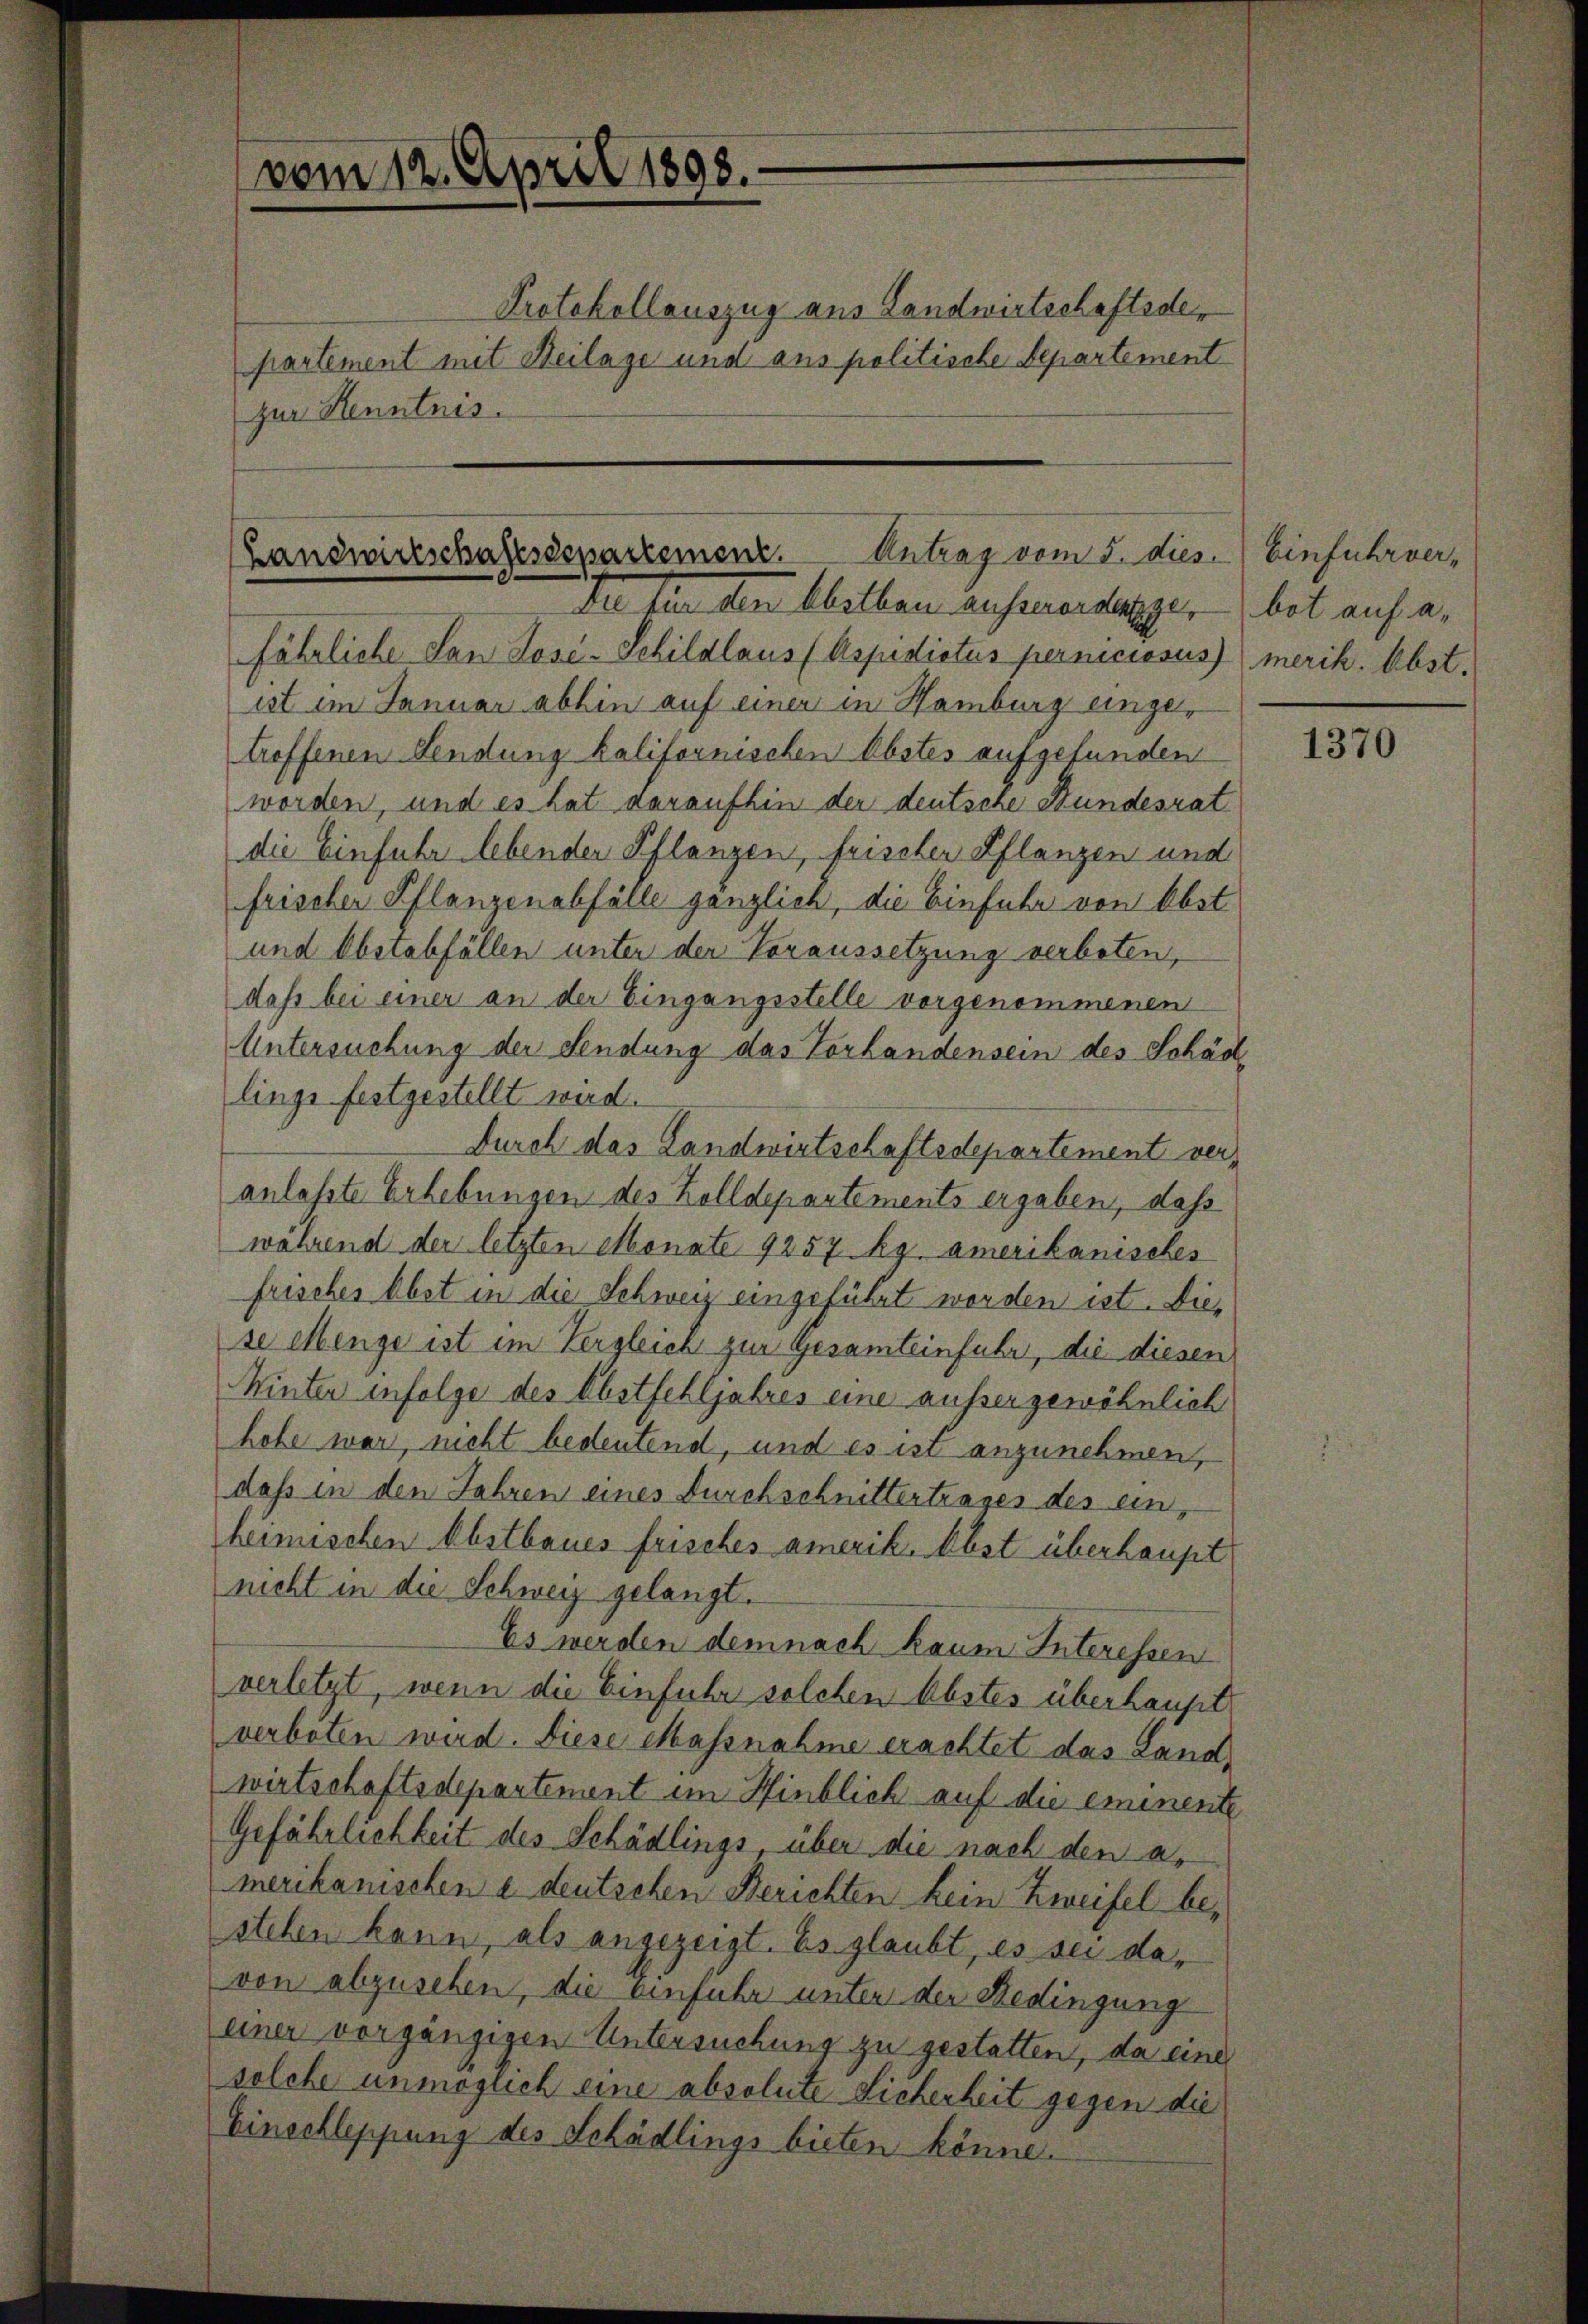
vom 12. April 1898.

partement mit Beilage und aus politische Departement
zur Henntnis.

Handwirtschaftssepartement. Antrag vom 5. dies. Einfuhrver¬
Ie für den Abitten ausserordergebot auf a.

Protokollauszug aus Landwirtschaftsde¬

fährliche San Lose-Schildlaus (Aspidictus pernciosus merik. Obst.
ist im Januar abhin auf einer in Hamburg eingetroffenen Sendung kalifornischen Obstes aufgefunden
worden, und es hat daraufhin der deutsche Stundesrat
die Einfuhr lebender Pflanzen, frischer Pflanzen und
frischer Pflanzenabfälle gänzlich, die Einfuhr von Obst
und Obstabfällen unter der Voraussetzung verboten,
daß bei einer an der Eingangsstelle vorgenommenen
Untersuchung der Sendung das Vorhandensein des Schädlinge festgestellt wird.
Durch das Landwirtschaftsdepartement veranlasste Erhebungen des Zolldepartements ergaben, daß
während der letzten Monate 9257 kg. amerikanisches
frisches Obst in die Schweiz eingeführt worden ist. Diese Menge ist im Vergleich zur Gesamteinfuhr, die diesen
Winter infolge des Obstfehljahres eine ausser gewöhnlich
hohe war, nicht bedeutend, und es ist anzunehmen,
dass in den Jahren eines Durchschnittertrages des einheimischen Obstbaues frisches amerik. Abst überhaupt
nicht in die Schweiz gelangt.
Es werden demnach kaum Interessen
verletzt, wenn die Einfuhr solchen Abstes überhaupt
verboten wird. Diese Massnahme erachtet das Landwirtschaftsdepartement im Hinblich auf die eminente
Gefährlichkeit des Schädlings über die nach den a.
merikanischen e deutschen Berichten kein Zweifel bestehen kann, als angezeigt. Es glaubt, es sei davon abzusehen, die einfuhr unter der Redingung
einer vorgängigen Untersuchung zu gestatten, da eine
solche unmöglich eine absolute Sicherheit gegen die
Einschleppung des Schädlings bieten könne.

1370